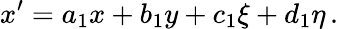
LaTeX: x^{\prime}=a_{1}x+b_{1}y+c_{1}\xi+d_{1}\eta\, .